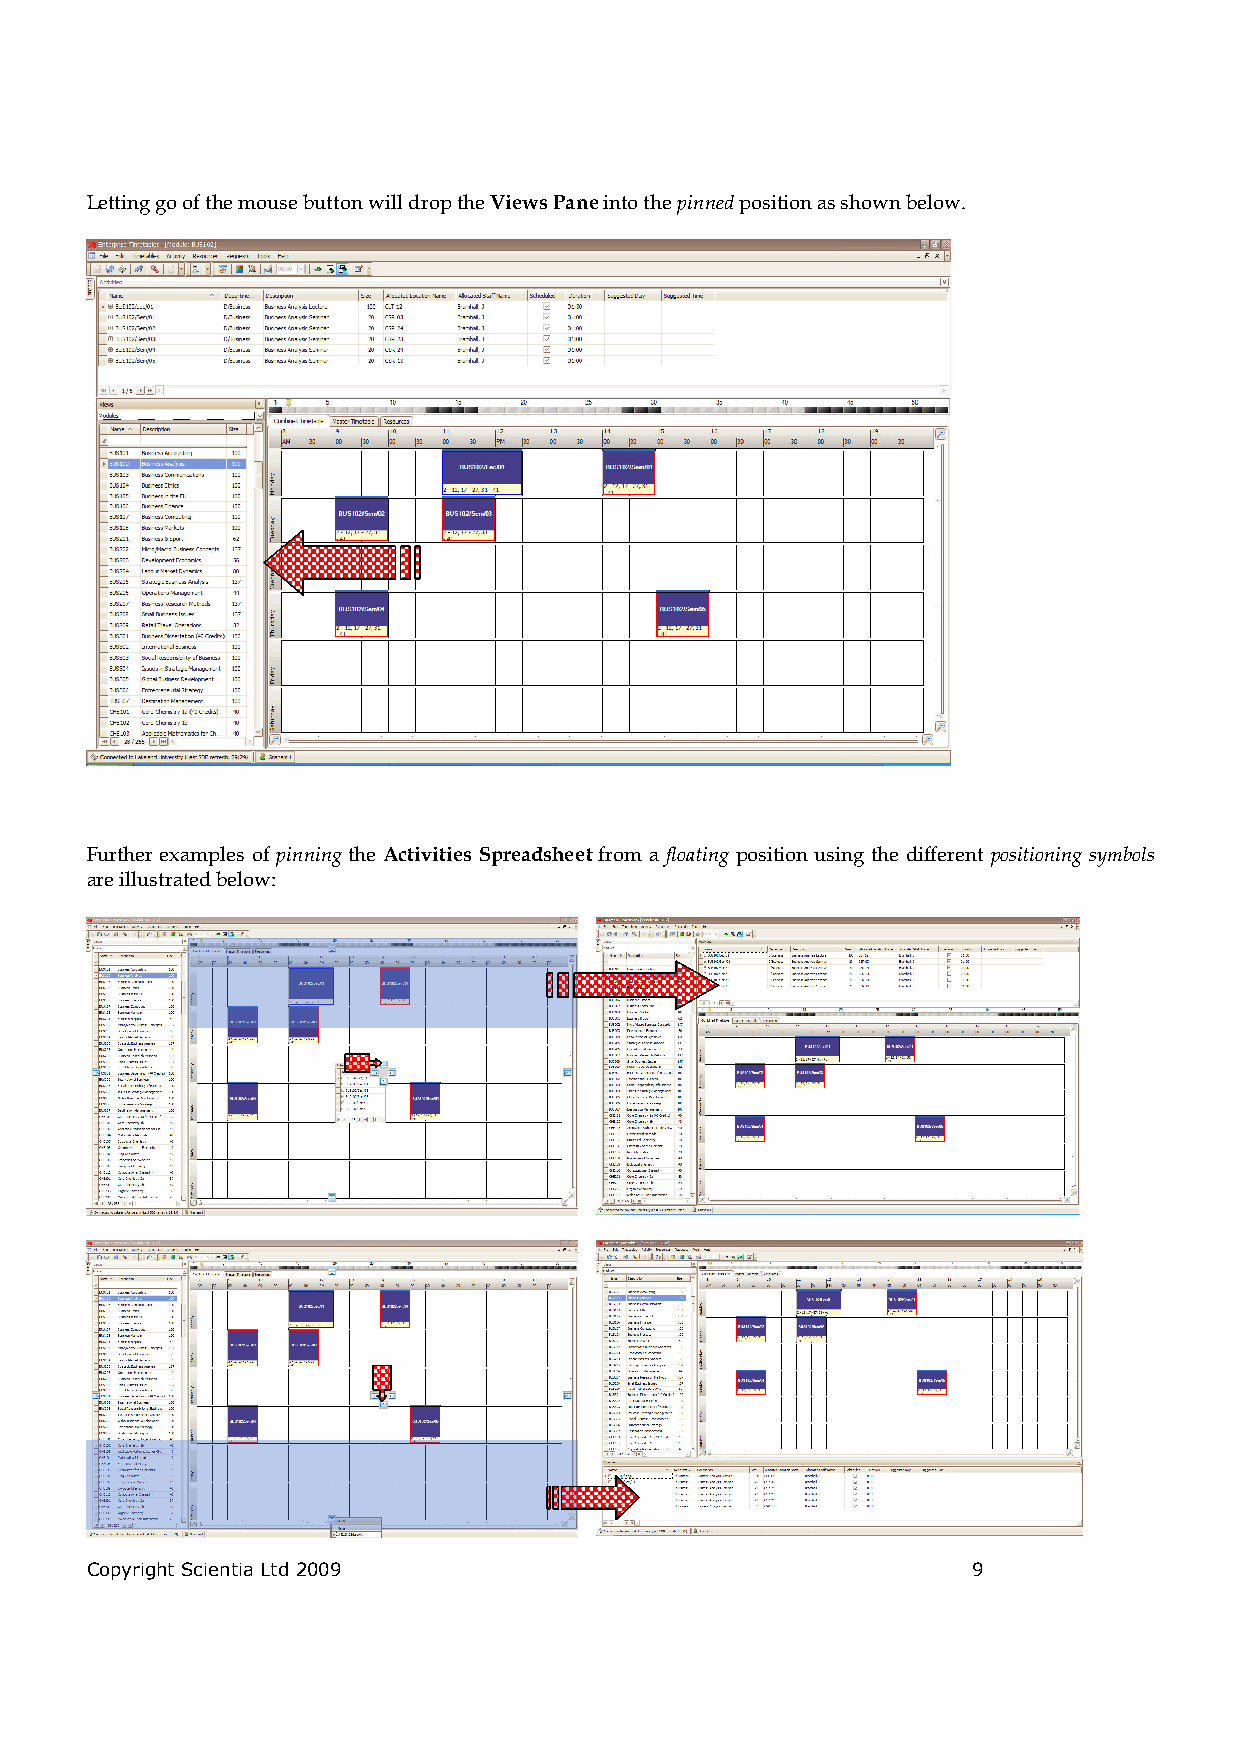
Letting go of the mouse button will drop the Views Pane into the pinned position as shown below.
 Further examples of pinning the Activities Spreadsheet from a floating position using the different positioning symbols
 are illustrated below:
 Copyright Scientia Ltd 2009                               9